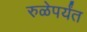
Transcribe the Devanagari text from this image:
रुळेपर्यंत